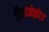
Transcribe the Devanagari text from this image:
जिआओझोउ